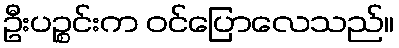
ဦးပဉ္စင်းက ဝင်ပြောလေသည်။